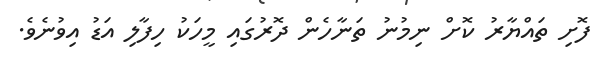
ފޮށި ތައްޔާރު ކޮށް ނިމުނު ތަނާހެން ދޮރުގައި މީހަކު ހިފާލި އަޑު އިވުނެވެ.